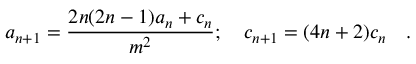
a _ { n + 1 } = \frac { 2 n ( 2 n - 1 ) a _ { n } + c _ { n } } { m ^ { 2 } } ; \quad c _ { n + 1 } = ( 4 n + 2 ) c _ { n } \quad .